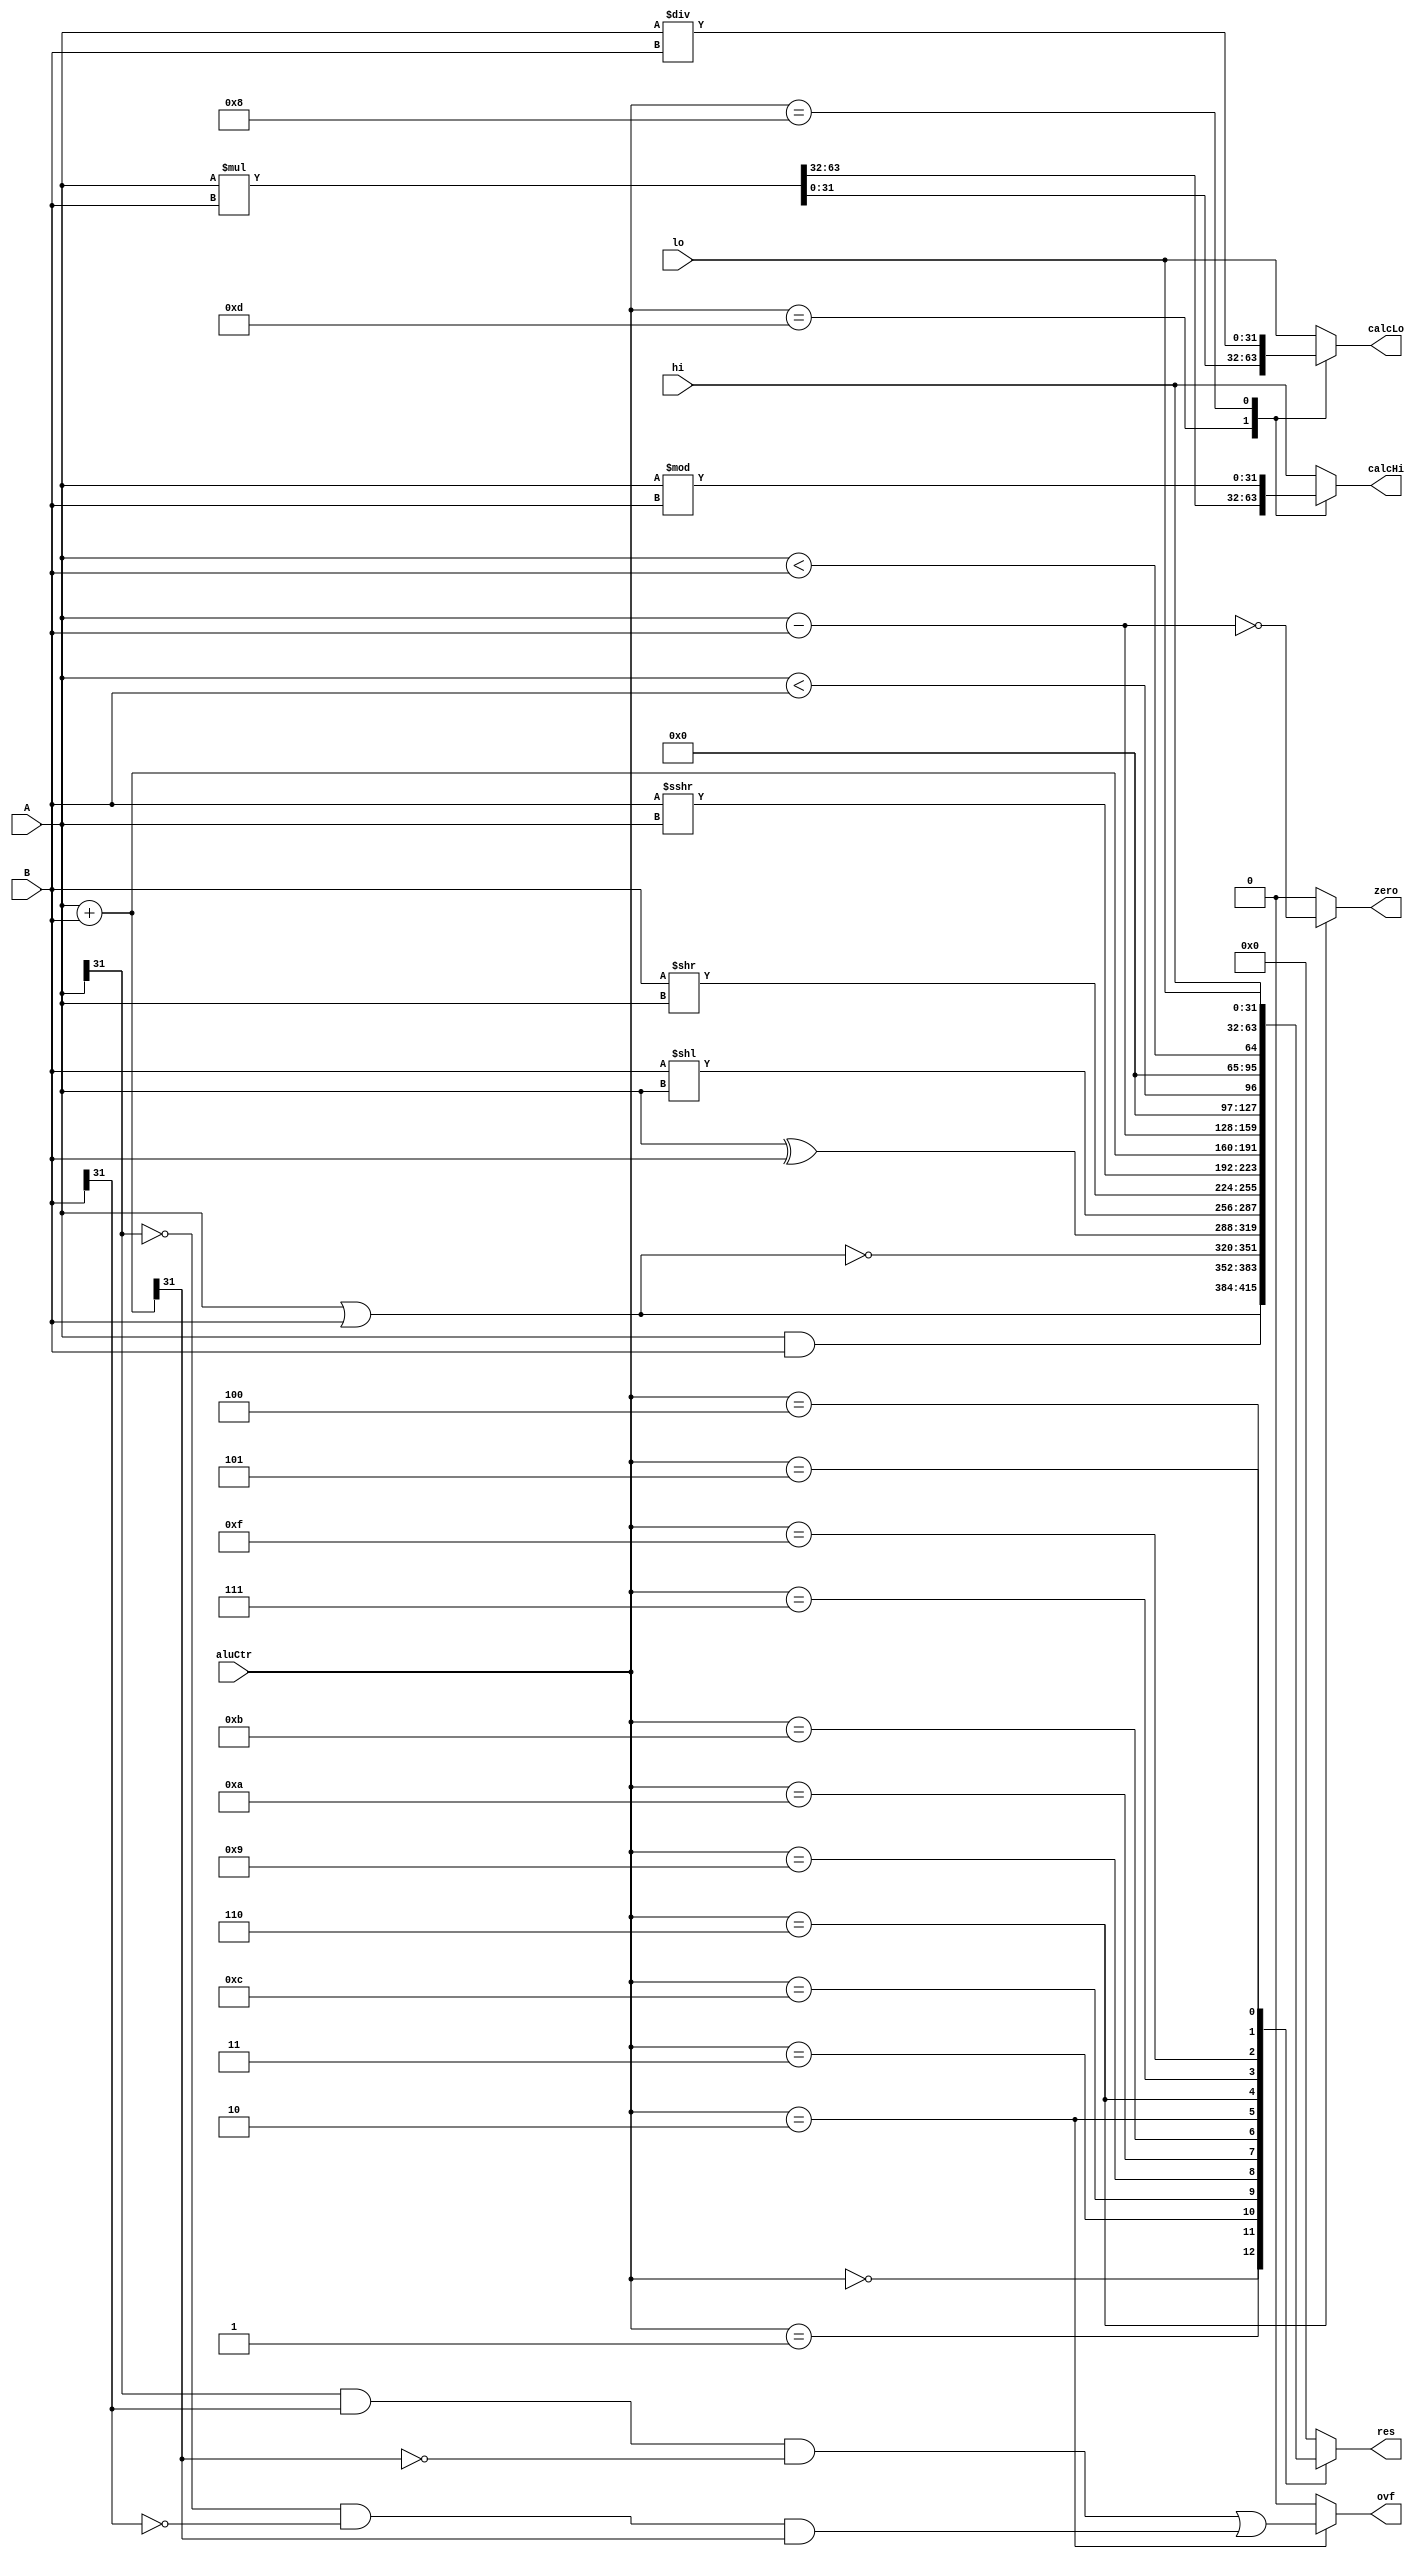
`timescale 1ns / 1ps
//////////////////////////////////////////////////////////////////////////////////
// Company: 
// Engineer: 
// 
// Design Name: 
// Module Name: ALU
// Project Name: 
// Target Devices: 
// Tool Versions: 
// Description: 
// 
// Dependencies: 
// 
// Revision:
// Revision 0.01 - File Created
// Additional Comments:
// 
//////////////////////////////////////////////////////////////////////////////////


module ALU
	#(parameter width=32)
(
	input [width-1:0] A,B,hi,lo,
	input [3:0] aluCtr,
	output reg [width-1:0] res,calcHi,calcLo,
	output reg ovf,zero				// ovf:overflow; zero:is0
);
	always @(A or B or aluCtr or hi or lo)
	begin
		ovf=0;
		zero=0;
		
		case (aluCtr)
			4'b0000: res=A&B;
			4'b0001: res=A|B;
			4'b0011: res=~(A|B);
			4'b1100: res=A^B;
			4'b1001: res=B<<A;
			4'b1010: res=B>>A;
			4'b1011: res=$signed(B)>>>A;
			4'b0010:
				begin
					res=A+B;
					ovf=(A[width-1] && B[width-1] && !res[width-1] || !A[width-1] && !B[width-1] && res[width-1]);
				end
			4'b0110:
				begin
					res=A-B;
					zero=(res==0);
				end
			4'b0111: res=($signed(A)<$signed(B));
			4'b1111: res=(A<B);
			4'b0100: res=hi;
			4'b0101: res=lo;
			default: res=0;
		endcase
		
		case (aluCtr)
			4'b1101: {calcHi,calcLo}=$signed(A)*$signed(B);
			4'b1000:
				begin
					calcHi=$signed(A)%$signed(B);
					calcLo=$signed(A)/$signed(B);
				end
			default: {calcHi,calcLo}={hi,lo};
		endcase
	end
endmodule